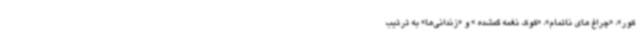
کور»، «چراغ های ناتمام»، «کوک نغمه گمشده » و «زندانی‌ها» به ترتیب